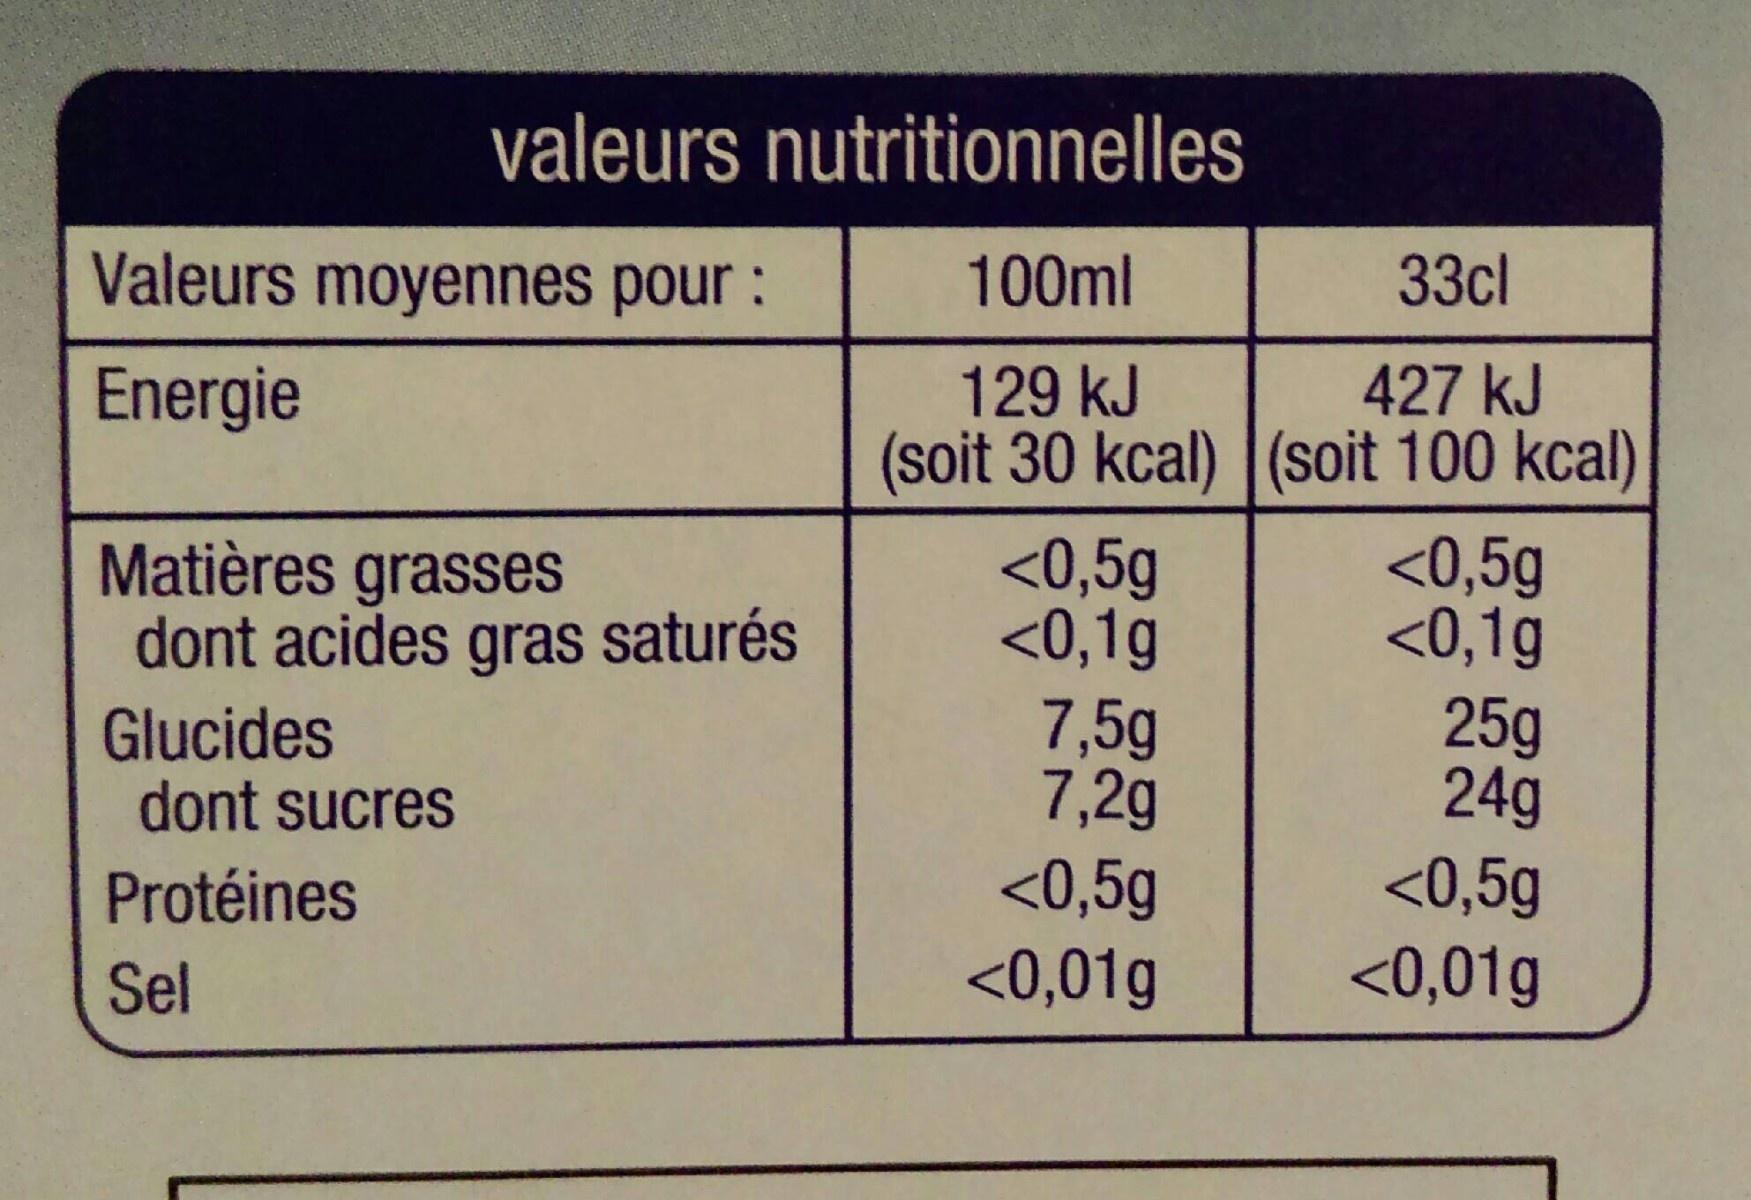
Valeurs moyennes pour :
Energie
valeurs nutritionnelles
100ml
129 kJ
(soit 30 kcal)
Matières grasses dont acides gras saturés
Glucides
dont sucres
Protéines
Sel
<0,5g
<0,1g
7,5g
7,2g
<0,5g
<0,01g
33cl
427 kJ
(soit 100 kcal)
<0,5g
<0,1g
25g
24g
<0,5g
<0,01g